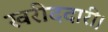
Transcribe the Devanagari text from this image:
खरीददारी।